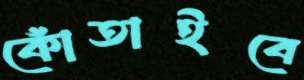
কোঁতাইবে